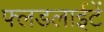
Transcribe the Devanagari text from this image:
फ्लडलाईटें